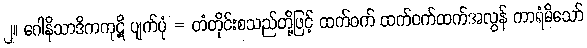
၂။ ဂေါနိသာဒိကကုဋိ ပျက်ပုံ = တံတိုင်းစသည်တို့ဖြင့် ထက်ဝက် ထက်ဝက်ထက်အလွန် ကာရံမိသော်